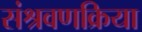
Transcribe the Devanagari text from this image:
संश्रवणक्रिया